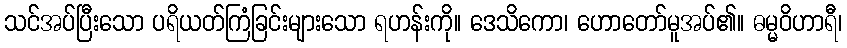
သင်အပ်ပြီးသော ပရိယတ်ကြံခြင်းများသော ရဟန်းကို။ ဒေသိကော၊ ဟောတော်မူအပ်၏။ ဓမ္မဝိဟာရီ၊